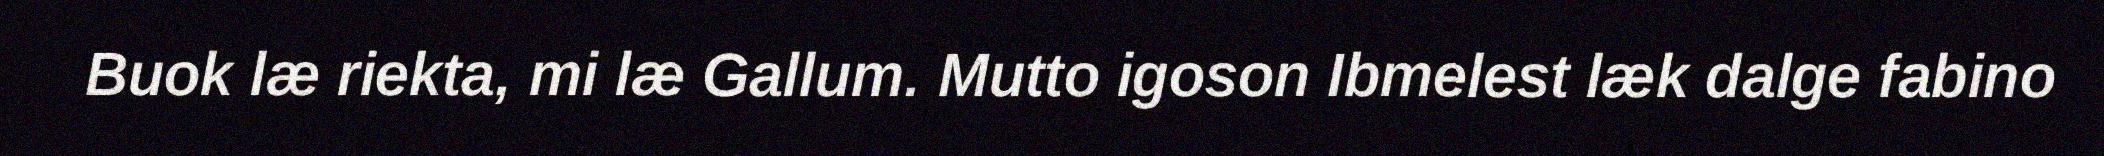
Buok læ riekta, mi læ Gallum. Mutto igoson Ibmelest læk dalge fabino